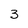
Character: 3